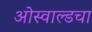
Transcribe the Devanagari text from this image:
ओस्वाल्डचा